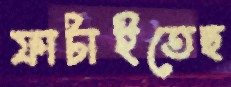
ফাটাইতেছ